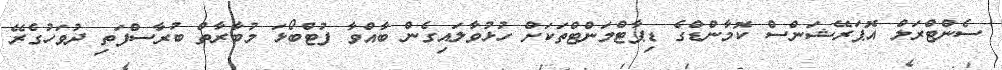
ސެންޓްރަލް އޮޕަރޭޝަންސް ކޮމާންޑްގެ ޑިޕާޓްމަންޓްތަކަށް ހުޅުވާލައިގެން ބާއްވާ ފުޓްބޯޅަ މުބާރާތް ބުރާސްފަތި ދުވަހުގެރޭ